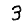
Digit: 3